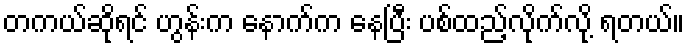
တကယ်ဆိုရင် ဟွန်းက နောက်က နေပြီး ပစ်ထည့်လိုက်လို့ ရတယ်။